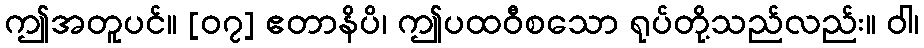
ဤအတူပင်။ [၀၇] ဧတာနိပိ၊ ဤပထဝီစသော ရုပ်တို့သည်လည်း။ ဝါ၊